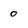
Character: 0